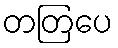
တတြပေ